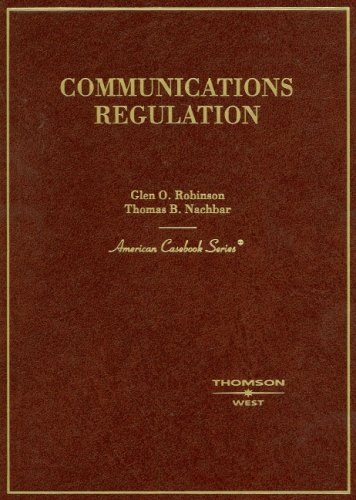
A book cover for Communications Regulation (American Casebook Series); Glen Robinson; Law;